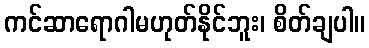
ကင်ဆာရောဂါမဟုတ်နိုင်ဘူး၊ စိတ်ချပါ။